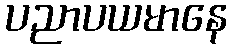
ပညာပယမာနေ